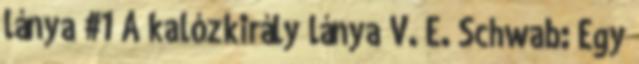
lánya #1 A kalózkirály lánya V. E. Schwab: Egy